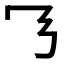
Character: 𬼄